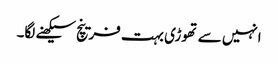
انہیں سے تھوڑی بہت فرینچ سیکھنے لگا۔